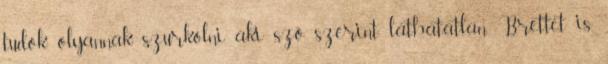
tudok olyannak szurkolni, aki szó szerint láthatatlan. Brettet is